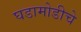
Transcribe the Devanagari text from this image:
घडामोडीचे